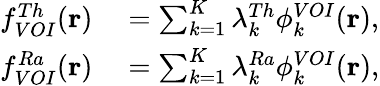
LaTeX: \begin{array}{rl}{f_{VOI}^{Th}(\mathbf{r})}&{{}=\sum_{k=1}^{K}\lambda_{k}^{Th}\phi_{k}^{VOI}(\mathbf{r}),}\\ {f_{VOI}^{Ra}(\mathbf{r})}&{{}=\sum_{k=1}^{K}\lambda_{k}^{Ra}\phi_{k}^{VOI}(\mathbf{r}),}\end{array}